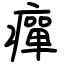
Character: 癉